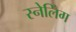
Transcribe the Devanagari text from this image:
स्नेलिंग